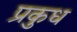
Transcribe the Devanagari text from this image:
प्रकुध